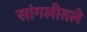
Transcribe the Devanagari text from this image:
सांगलीतले